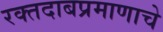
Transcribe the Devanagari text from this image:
रक्तदाबप्रमाणाचे